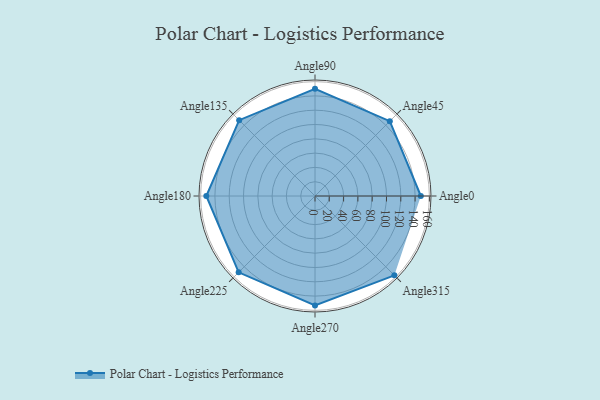
{"axis": {"x": "Angle", "y": "Radius"}, "legend": [""], "data": [{"x": "Angle0", "y": 148.0, "type": ""}, {"x": "Angle45", "y": 148.0, "type": ""}, {"x": "Angle90", "y": 150.0, "type": ""}, {"x": "Angle135", "y": 150.0, "type": ""}, {"x": "Angle180", "y": 152.0, "type": ""}, {"x": "Angle225", "y": 151.0, "type": ""}, {"x": "Angle270", "y": 153.0, "type": ""}, {"x": "Angle315", "y": 157.0, "type": ""}]}